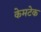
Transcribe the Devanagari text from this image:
केमटेक